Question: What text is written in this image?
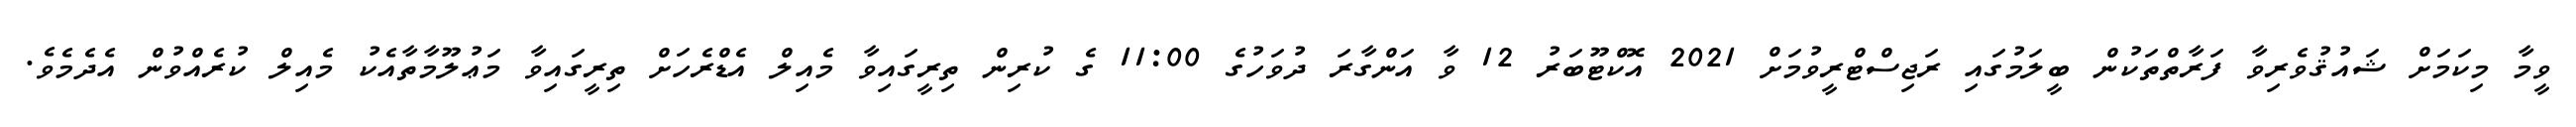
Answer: ވީމާ މިކަމަށް ޝައުޤުވެރިވާ ފަރާތްތަކުން ބީލަމުގައި ރަޖިސްޓްރީވުމަށް 2021 އޮކްޓޫބަރު 12 ވާ އަންގާރަ ދުވަހުގެ 11:00 ގެ ކުރިން ތިރީގައިވާ މެއިލް އެޑްރެހަށް ތިރީގައިވާ މަޢުލޫމާތާއެކު މެއިލް ކުރެއްވުން އެދެމެވެ.